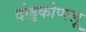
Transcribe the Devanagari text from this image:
दोड्डकोप्पलू